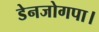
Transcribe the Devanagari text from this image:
डेनजोगपा।